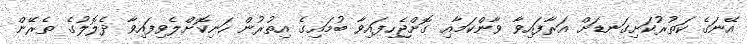
އޭނަގެ ކަތުރުކަށިގަނޑަށް އަރާފައިވާ ވާންކަމާއި ގޮށްޖެހިފައިވާ ބުމައިގެ އިތުރުން ހަނިކޮށްލެވިފައިވާ ދެލޮލުގެ ތެރޭން